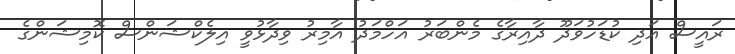
ރައީސް އަދި ކުޑަހުވަދޫ ދާއިރާގެ މެންބަރު އަހްމަދު އާމިރު ވިދާޅުވީ އިލެކްޝަންސް ކޮމިޝަންގެ